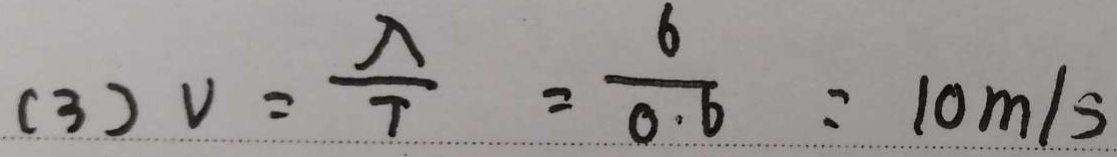
( 3 ) v = \frac { \lambda } { T } = \frac { 6 } { 0 . 6 } = 1 0 m / s